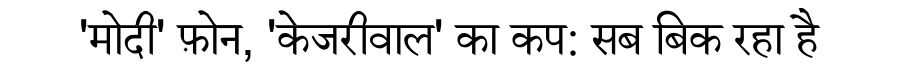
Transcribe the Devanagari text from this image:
'मोदी' फ़ोन, 'केजरीवाल' का कप: सब बिक रहा है